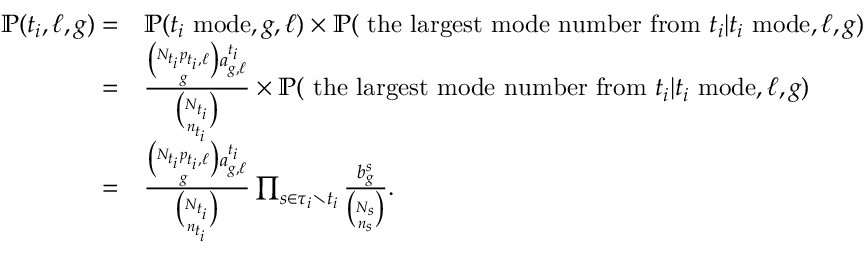
\begin{array} { r l } { \mathbb { P } ( t _ { i } , \ell , g ) = } & { \mathbb { P } ( t _ { i } \mathrm { ~ m o d e } , g , \ell ) \times \mathbb { P } ( \mathrm { ~ t h e ~ l a r g e s t ~ m o d e ~ n u m b e r ~ f r o m ~ } t _ { i } | t _ { i } \mathrm { ~ m o d e } , \ell , g ) } \\ { = } & { \frac { \binom { N _ { t _ { i } } p _ { t _ { i } , \ell } } { g } a _ { g , \ell } ^ { t _ { i } } } { \binom { N _ { t _ { i } } } { n _ { t _ { i } } } } \times \mathbb { P } ( \mathrm { ~ t h e ~ l a r g e s t ~ m o d e ~ n u m b e r ~ f r o m ~ } t _ { i } | t _ { i } \mathrm { ~ m o d e } , \ell , g ) } \\ { = } & { \frac { \binom { N _ { t _ { i } } p _ { t _ { i } , \ell } } { g } a _ { g , \ell } ^ { t _ { i } } } { \binom { N _ { t _ { i } } } { n _ { t _ { i } } } } \prod _ { s \in \tau _ { i } \setminus { t _ { i } } } \frac { b _ { g } ^ { s } } { \binom { N _ { s } } { n _ { s } } } . } \end{array}